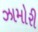
ઝામોરી